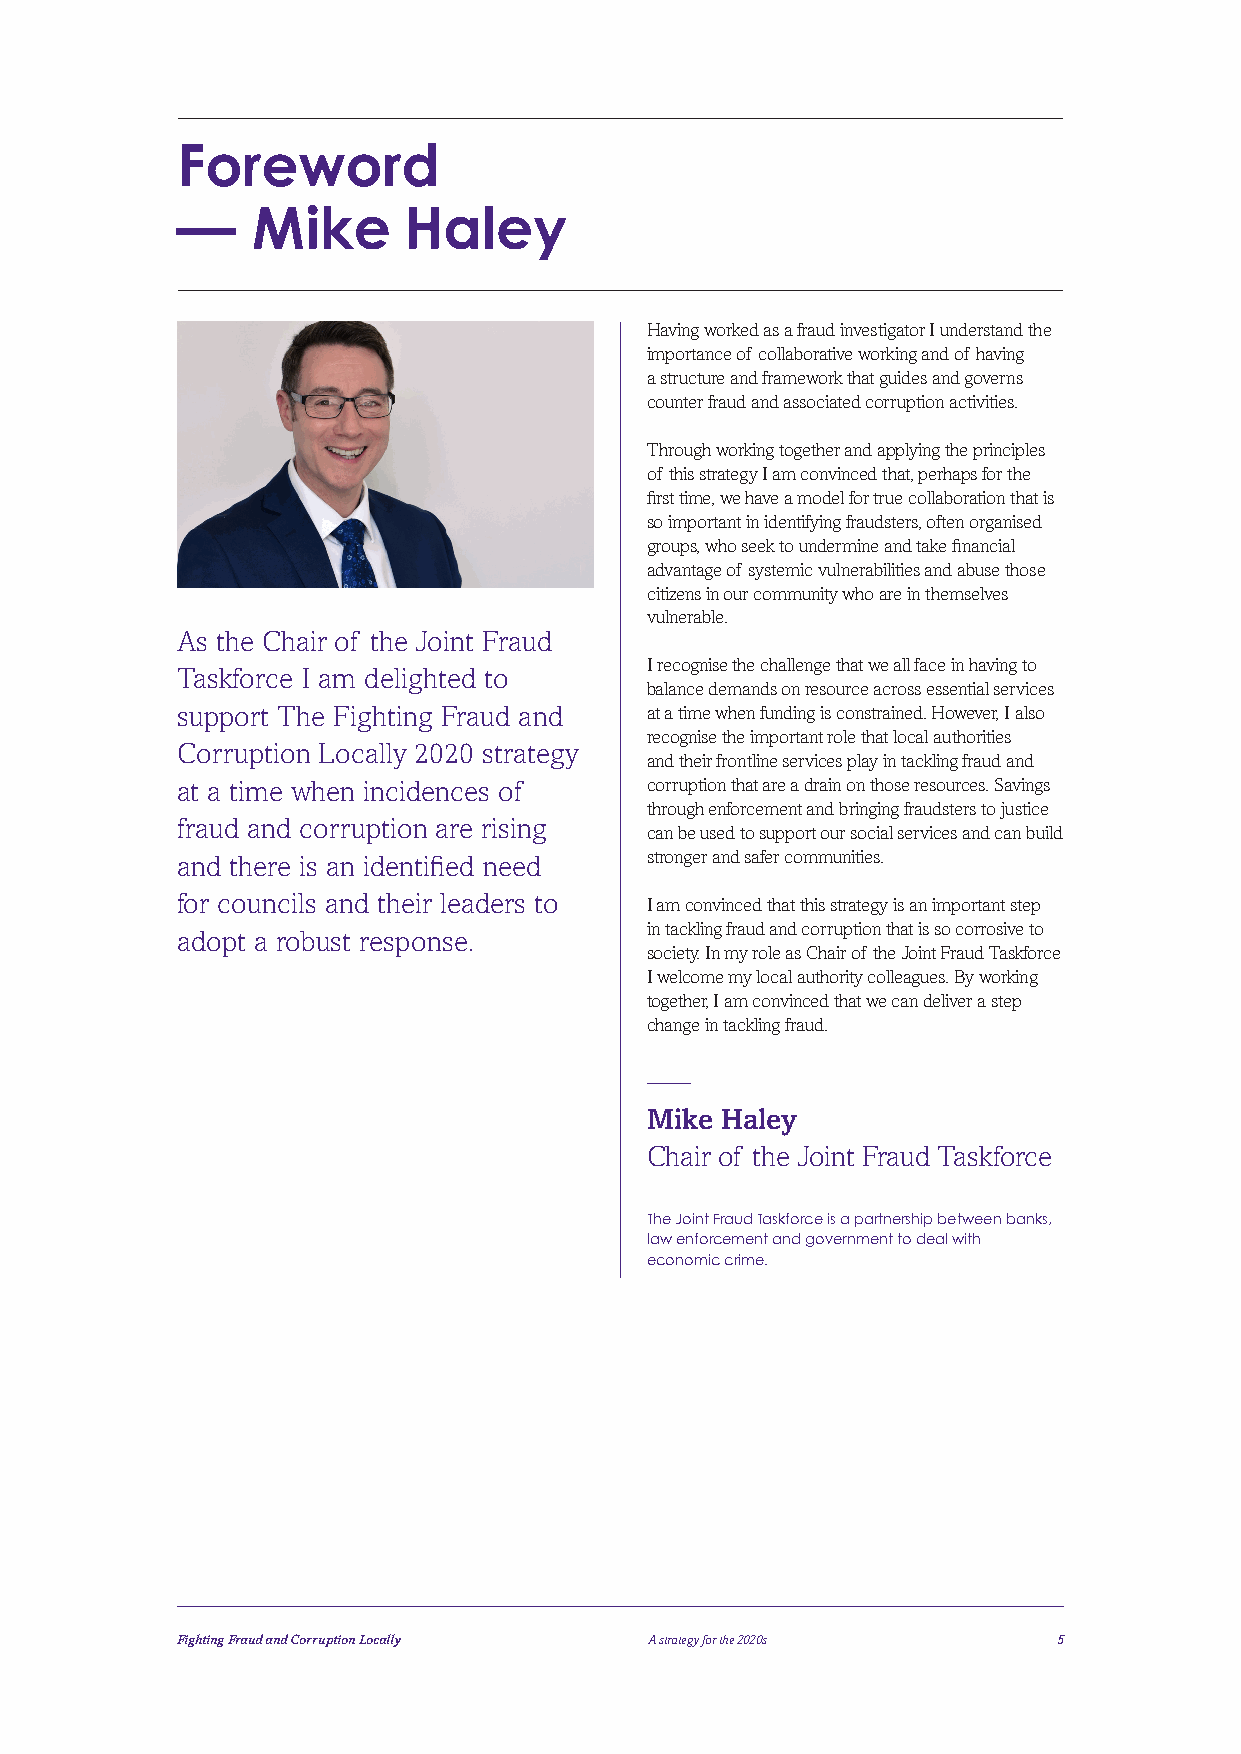
Foreword
 —    Mike      Haley
 Having worked as a fraud investigator I understand the
 importance of collaborative working and of having
 a structure and framework that guides and governs
 counter fraud and associated corruption activities.
 Through working together and applying the principles
 of this strategy I am convinced that, perhaps for the
 first time, we have a model for true collaboration that is
 so important in identifying fraudsters, often organised
 groups, who seek to undermine and take financial
 advantage of systemic vulnerabilities and abuse those
 citizens in our community who are in themselves
 vulnerable.
 As the Chair of the Joint Fraud
 I recognise the challenge that we all face in having to
 Taskforce I am delighted to
 balance demands on resource across essential services
 support The Fighting Fraud and at a time when funding is constrained. However, I also
 recognise the important role that local authorities
 Corruption Locally 2020 strategy
 and their frontline services play in tackling fraud and
 at a time when incidences of   corruption that are a drain on those resources. Savings
 through enforcement and bringing fraudsters to justice
 fraud and corruption are rising
 can be used to support our social services and can build
 and there is an identified need stronger and safer communities.
 for councils and their leaders to I am convinced that this strategy is an important step
 in tackling fraud and corruption that is so corrosive to
 adopt a robust response.
 society. In my role as Chair of the Joint Fraud Taskforce
 I welcome my local authority colleagues. By working
 together, I am convinced that we can deliver a step
 change in tackling fraud.
 –––
 Mike Haley
 Chair of the Joint Fraud Taskforce
 The Joint Fraud Taskforce is a partnership between banks,
 law enforcement and government to deal with
 economic crime.
 Fighting Fraud and Corruption Locally A strategy for the 2020s 5